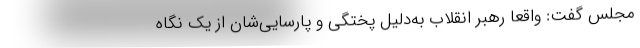
مجلس گفت: واقعاً رهبر انقلاب به‌دلیل پُختگی و پارسایی‌شان از یک نگاه